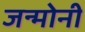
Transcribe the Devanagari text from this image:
जन्मोनी